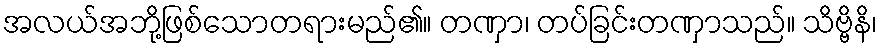
အလယ်အဘို့ဖြစ်သောတရားမည်၏။ တဏှာ၊ တပ်ခြင်းတဏှာသည်။ သိဗ္ဗိနိ၊